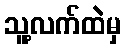
သူ့လက်ထဲမှ